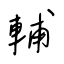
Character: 輔